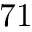
7 1